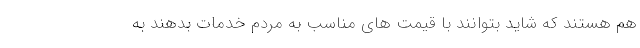
هم هستند که شاید بتوانند با قیمت های مناسب به مردم خدمات بدهند به